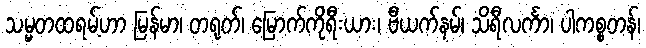
သမ္မတထရမ့်ဟာ မြန်မာ၊ တရုတ်၊ မြောက်ကိုရီးယား၊ ဗီယက်နမ်၊ သိရီလင်္ကာ၊ ပါကစ္စတန်၊